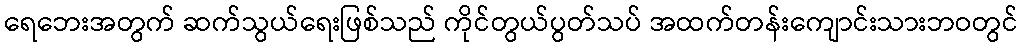
ရေဘေးအတွက် ဆက်သွယ်ရေးဖြစ်သည် ကိုင်တွယ်ပွတ်သပ် အထက်တန်းကျောင်းသားဘဝတွင်